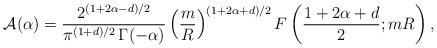
\begin{align*}{\cal A}(\alpha)=\frac{2^{(1+2\alpha-d)/2}}{\pi^{(1+d)/2}\,\Gamma(-\alpha)}\left(\frac{m}{R}\right)^{(1+2\alpha+d)/2}F\left(\frac{1+2\alpha+d}{2};mR\right),\end{align*}